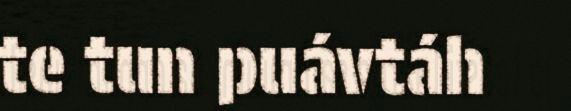
te tun puávtáh